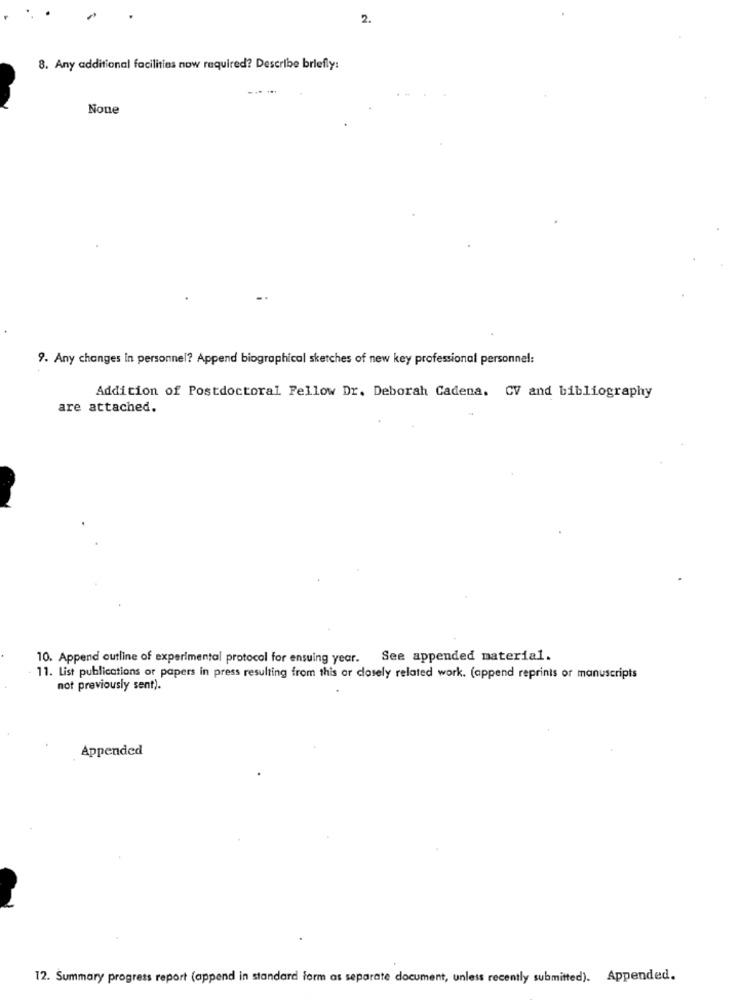
2.
8. Any additional facilities now required? Describe briefly:
9. Any changes in personnel? Append biographical sketches of new key professional personnel:
Addition of Postdoctoral Fellow Dr. Deborah Cadena. CV and bibliography
are attached.
10. Append outline of experimental protocol for ensuing year.
See appended material.
11. List publications or papers in press resulting from this or closely related work. (append reprints or manuscripts
not previously sent).
Appended
12. Summary progress report (append in standard form as separate document, unless recently submitted). Appended.